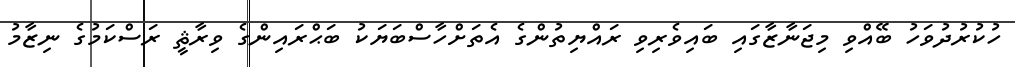
ހުކުރުދުވަހު ބޭއްވި މިޖަނާޒާގައި ބައިވެރިވި ރައްޔިތުންގެ އެތަށްހާސްބަޔަކު ބަޙްރައިންގެ ވިރާޘީ ރަސްކަމުގެ ނިޒާމު